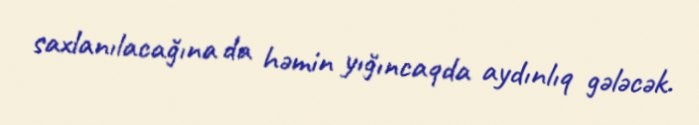
saxlanılacağına da həmin yığıncaqda aydınlıq gələcək.